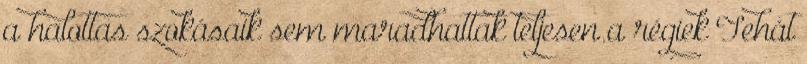
a halottas szokásaik sem maradhattak teljesen a régiek Tehát